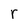
Character: r